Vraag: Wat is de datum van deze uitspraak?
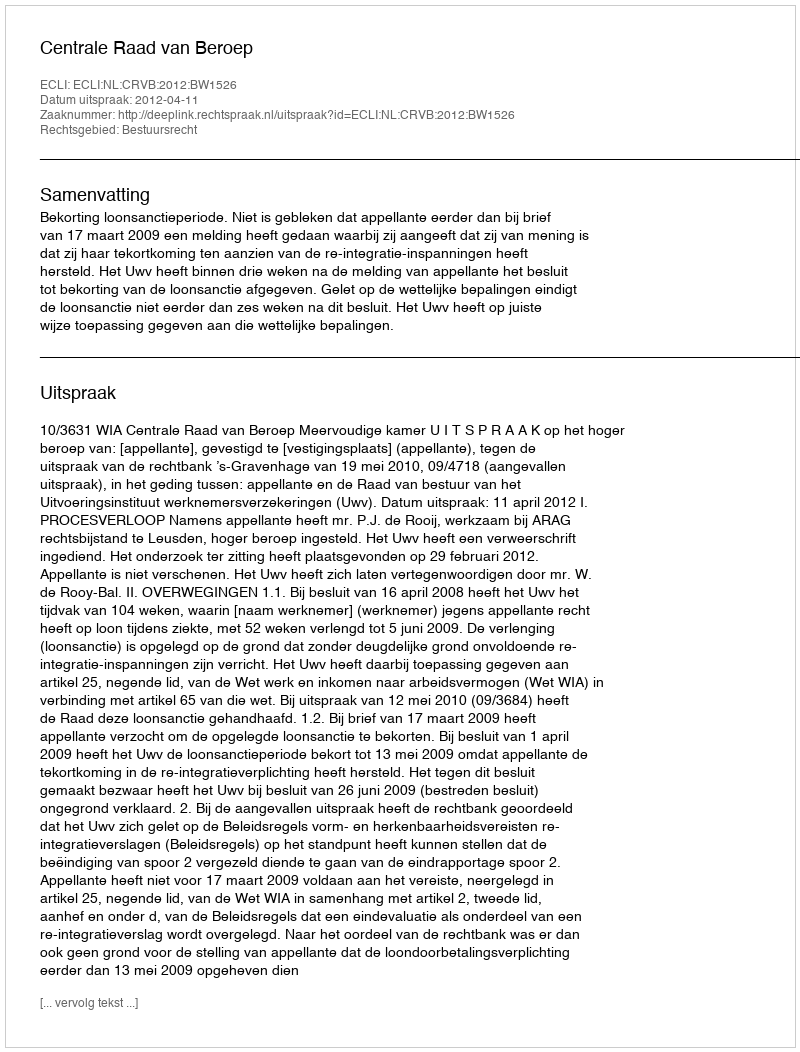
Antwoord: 2012-04-11